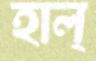
হাল্